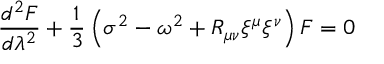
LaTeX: \frac { d ^ { 2 } F } { d \lambda ^ { 2 } } + \frac { 1 } { 3 } \left( \sigma ^ { 2 } - \omega ^ { 2 } + R _ { \mu \nu } \xi ^ { \mu } \xi ^ { \nu } \right) F = 0